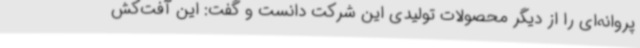
پروانه‌ای را از دیگر محصولات تولیدی این شرکت دانست و گفت: این آفت‌کش